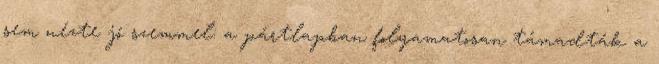
sem nézte jó szemmel: a pártlapban folyamatosan támadták a